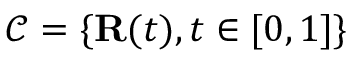
{ \mathcal { C } } = \{ { \mathbf { R } } ( t ) , t \in [ 0 , 1 ] \}